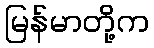
မြန်မာတို့က